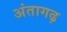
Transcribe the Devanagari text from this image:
अंतागढ़